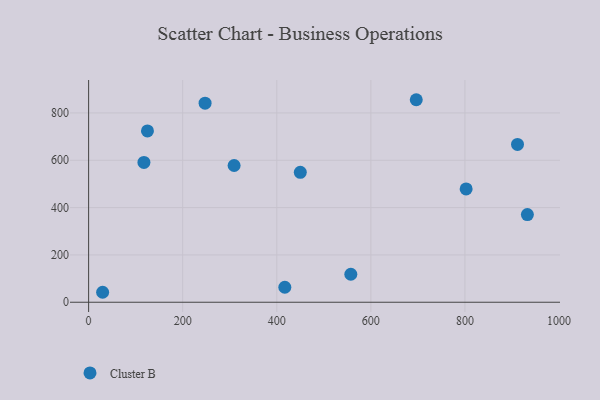
{"axis": {"x": "Distance", "y": "Salary"}, "legend": ["Cluster B"], "data": [{"x": "247.6", "y": 841.3, "type": "Cluster B"}, {"x": "557.4", "y": 118.2, "type": "Cluster B"}, {"x": "29.8", "y": 42.1, "type": "Cluster B"}, {"x": "117.6", "y": 591.0, "type": "Cluster B"}, {"x": "125.1", "y": 724.2, "type": "Cluster B"}, {"x": "309.3", "y": 578.0, "type": "Cluster B"}, {"x": "450.0", "y": 549.2, "type": "Cluster B"}, {"x": "932.7", "y": 370.6, "type": "Cluster B"}, {"x": "802.5", "y": 478.8, "type": "Cluster B"}, {"x": "417.1", "y": 63.4, "type": "Cluster B"}, {"x": "696.5", "y": 855.9, "type": "Cluster B"}, {"x": "911.7", "y": 667.0, "type": "Cluster B"}]}